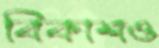
বিকাশও